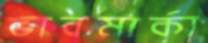
ভাবমার্কা